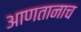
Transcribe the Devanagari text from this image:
आणतानाच